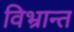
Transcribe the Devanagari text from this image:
विभ्रान्त